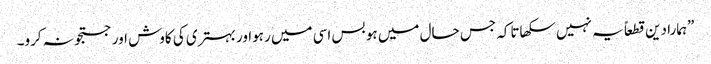
”ہمارا دین قطعاً یہ نہیں سکھاتاکہ جس حال میں ہو بس اسی میں رہواور بہتری کی کاوش اور جستجو نہ کرو۔